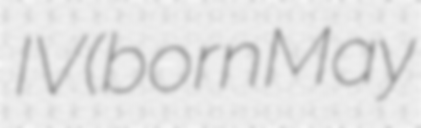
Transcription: IV (born May